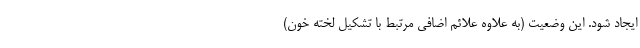
ایجاد شود. این وضعیت (به علاوه علائم اضافی مرتبط با تشکیل لخته خون)